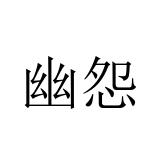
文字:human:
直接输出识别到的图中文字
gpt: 幽怨